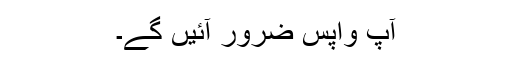
آپ واپس ضرور آئیں گے۔